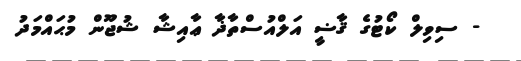
- ސިވިލް ކޯޓުގެ ޤާޟީ އަލްއުސްތާޛާ ޢާއިޝާ ޝުޖޫން މުޙައްމަދު